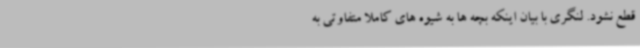
قطع نشود. لنگری با بیان اینکه بچه ها به شیوه های کاملا متفاوتی به